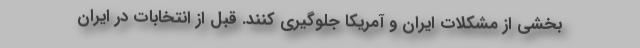
بخشی از مشکلات ایران و آمریکا جلوگیری کنند. ‌قبل از انتخابات در ایران